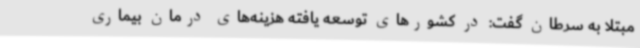
مبتلا به سرطان گفت: در کشورهای توسعه یافته هزینه‌های درمان بیماری